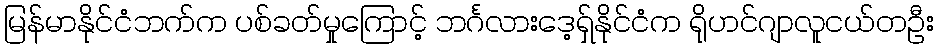
မြန်မာနိုင်ငံဘက်က ပစ်ခတ်မှုကြောင့် ဘင်္ဂလားဒေ့ရှ်နိုင်ငံက ရိုဟင်ဂျာလူငယ်တဦး